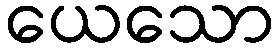
ယေသော